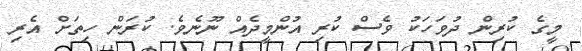
މީގެ ކުރިން ދުވަހަކު ވެސް ކުރި އުންމީދެއް ނޫނެވެ. ކުރަން ހިތަށް އެރި